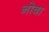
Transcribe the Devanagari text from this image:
नोबा